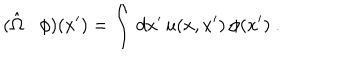
LaTeX: ( \hat { \Omega } : \phi ) ( x ^ { \prime } ) = \int \, d x ^ { \prime } \, u ( x , x ^ { \prime } ) \, \phi ( x ^ { \prime } ) ~ .